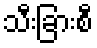
သီးခြားစီ